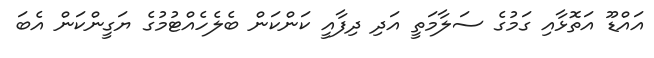
އައްޑޫ އަތޮޅާއި ގަމުގެ ސަލާމަތީ އަދި ދިފާއީ ކަންކަން ބެލެހެއްޓުމުގެ ޔަގީންކަން އެބަ